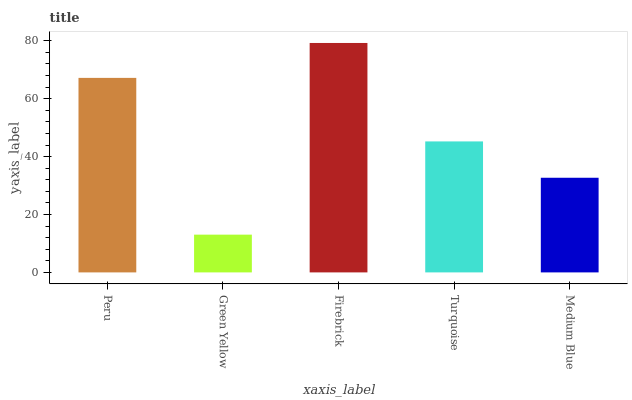
| xaxis_label | bars |
 | --- | --- |
 | Peru | 67.2 |
 | Green Yellow | 13 |
 | Firebrick | 79.3 |
 | Turquoise | 45.3 |
 | Medium Blue | 32.7 |